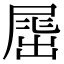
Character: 𡲶